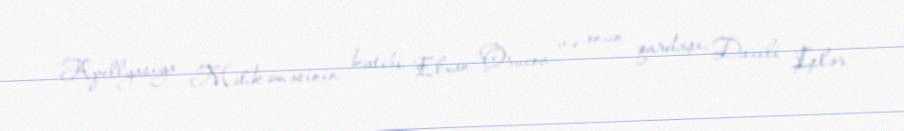
Apellyasiya Məhkəməsinin katibi Elxan Orucov və onun qardaşı, Daxili İşlər